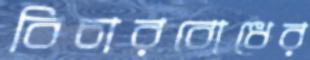
বিচারবোধের